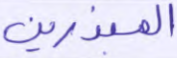
المبذرين